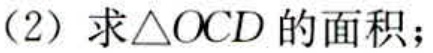
（2）求\(\triangle OCD\)的面积；